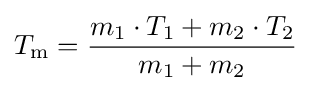
T_{\mathrm {m} }={\frac {m_{1}\cdot T_{1}+m_{2}\cdot T_{2}}{m_{1}+m_{2}}}